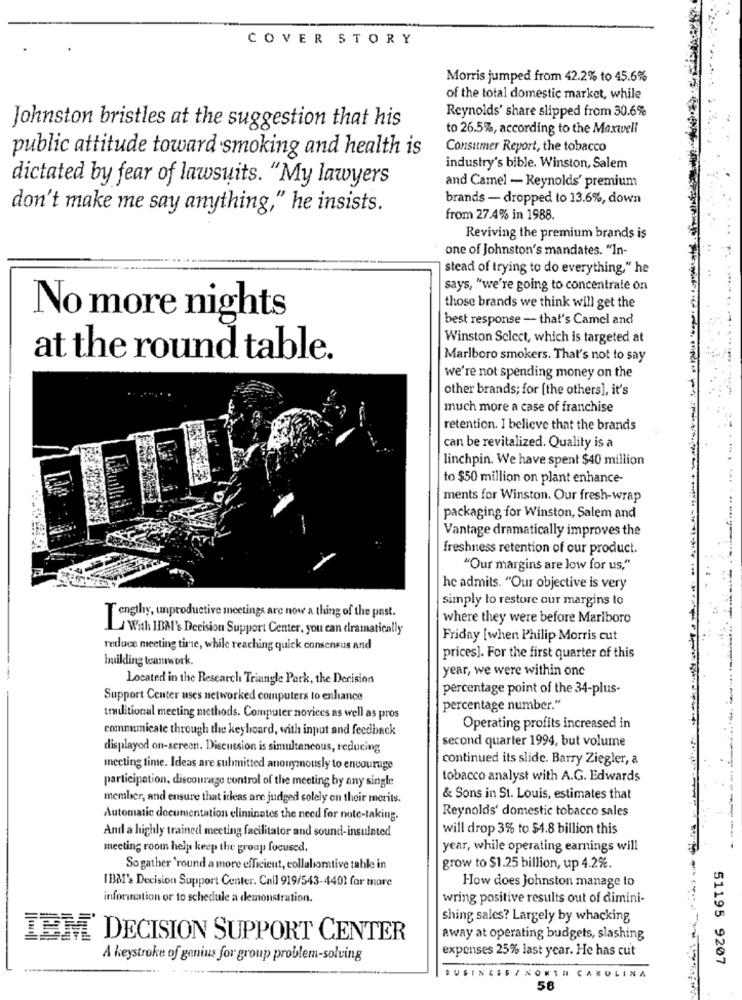
COVER STORY
Morris jumped from 42.2% to 45.6%
of the total domestic market, while
Reynolds' share slipped from 30.6%
Johnston bristles at the suggestion that his
to 26.5%, according to the Maxwell
Consumer Report, the tobacco
public attitude toward smoking and health is
industry's bible. Winston, Salem
dictated by fear of lawsuits. "My lawyers
and Camel - Reynolds' premium
brands - dropped to 13.6%, down
don't make me say anything," he insists.
from 27.4% in 1988.
Reviving the premium brands is
one of Johnston's mandates. "In-
stead of trying to do everything," he
says, "we're going to concentrate on
those brands we think will get the
No more nights
best response - that's Camel and
Winston Select, which is targeted at
at the round table.
Marlboro smokers. That's not to say
we're not spending money on the
other brands; for [the others], it's
much more a case of franchise
retention. I believe that the brands
can be revitalized. Quality is a
linchpin. We have spent $40 million
to $50 million on plant enhance-
ments for Winston. Our fresh-wrap
packaging for Winston, Salem and
Vantage dramatically improves the
freshness retention of our product.
"Our margins are low for us,"
he admits. "Our objective is very
simply to restore our margins to
T engthy, unproductive meetings are now a thing of the past.
where they were before Marlboro
With IBM's Decision Support Center, you can dramatically
Friday [when Philip Morris cut
reduce meeting tire, while reaching quick consensus and
buikling teamwork.
prices]. For the first quarter of this
year, we were within one
Located in the Research Triangle Park, the Derision
percentage point of the 34-plus.
Support Center uses networked computers to enhance
percentage number."
traditional meeting methods. Computer novices as well as pros
commamicale through the keyboard, with input and feedback
Operating profits increased in
second quarter 1994, but volume
displayed on-screen. Discussion is simultaneous, reducing
continued its slide. Barry Ziegler, a
meeting time. Ideas are submitted anonymously to encourage
tobacco analyst with A.G. Edwards
participation, discourage control of the meeting by any single
member, and ensure that ideas are judged solely on their merits.
& Sons in St. Louis, estimates that
Reynolds' domestic tobacco sales
Automatic documentation eliminates the need for note-taking.
will drop 3% to $4.8 billion this
And a highly trained meeting facilitator and sound-insulnted
meeting room help keep the group focused.
year, while operating earnings will
So gather 'round a more efficient, collaborative table in
grow to $1.25 billion, up 4.2%.
IBM's Decision Support Center. Call 919/543-4401 for mare
How does Johnston manage to
information or to schedule a demonstration.
wring positive results out of dimini-
shing sales? Largely by whacking
IBM' DECISION SUPPORT CENTER
away at operating budgets, slashing
expenses 25% last year. He has cut
A keystroke of genius for group problem-solving
51195 9207
BUSINESS / NORTH CAROLINA
58